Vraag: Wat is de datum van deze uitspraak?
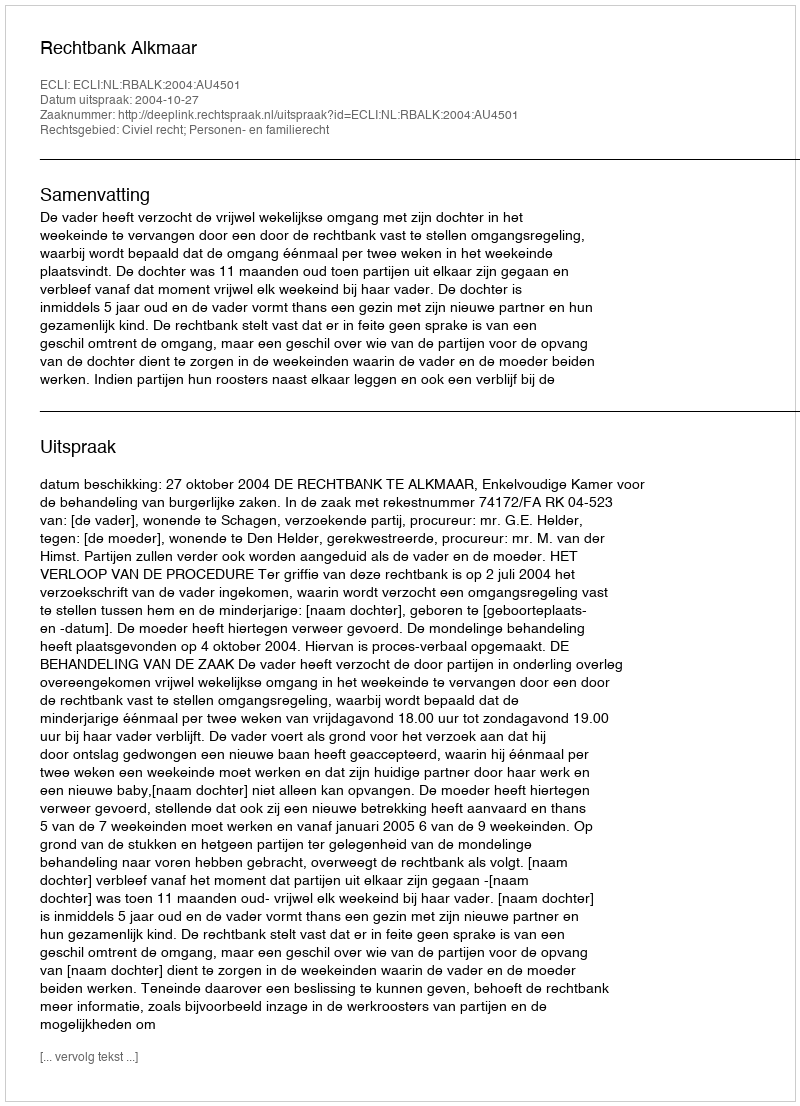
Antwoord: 2004-10-27